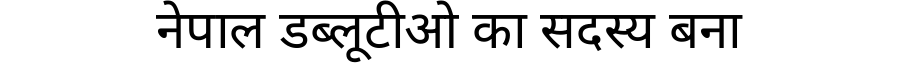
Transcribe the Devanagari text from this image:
नेपाल डब्लूटीओ का सदस्य बना